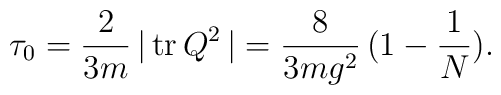
\tau_0=\frac{2}{3m}\,\vert\,{\rm tr}\,Q^2\,\vert=\frac{8}{3mg^2}\,(1-\frac{1}{N}).